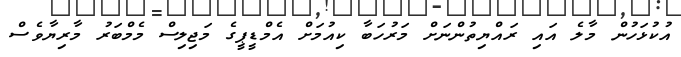
އުކުޅަހުން މާލެ އައި ރައްޔިތުންނަށް މަރުހަބާ ކިއުމަށް އެމްޑީޕީގެ މަޖިލިސް މެމްބަރު މާރިޔާވެސް